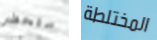
ستحضر المختلطة